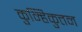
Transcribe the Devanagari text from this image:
कुन्हिकुत्तन